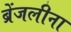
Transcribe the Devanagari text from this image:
ब्रेंजलीना